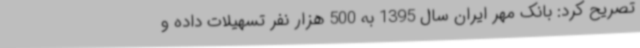
تصریح کرد: بانک مهر ایران سال 1395 به 500 هزار نفر تسهیلات داده و